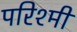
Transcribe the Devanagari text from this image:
परिश्मी